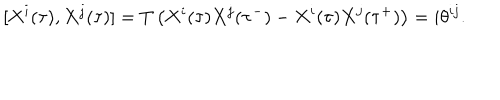
LaTeX: [ X ^ { i } ( \tau ) , X ^ { j } ( \tau ) ] = T \left( X ^ { i } ( \tau ) X ^ { j } ( \tau ^ { - } ) - X ^ { i } ( \tau ) X ^ { j } ( \tau ^ { + } ) \right) = i \theta ^ { i j } .